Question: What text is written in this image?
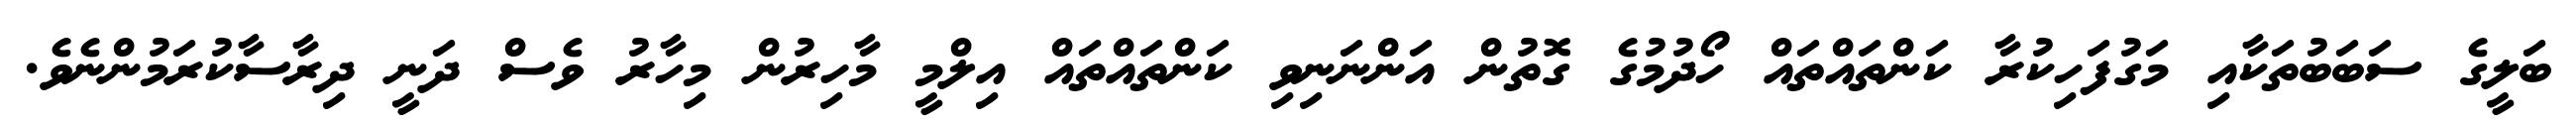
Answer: ބަލީގެ ސަބަބުތަކާއި މަގުފަހިކުރާ ކަންތައްތައް ހޯދުމުގެ ގޮތުން އަންނަނިވި ކަންތައްތައް އިލްމީ މާހިރުން މިހާރު ވެސް ދަނީ ދިރާސާކުރަމުންނެވެ.